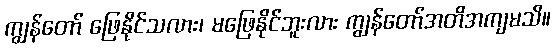
ကျွန်တော် ဖြေနိုင်သလား၊ မဖြေနိုင်ဘူးလား ကျွန်တော်အတိအကျမသိ။